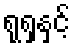
ရုရှနှင့်